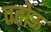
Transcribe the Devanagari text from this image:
ततोऊ